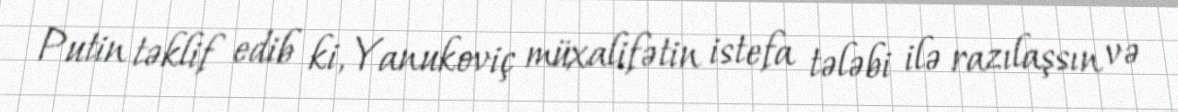
Putin təklif edib ki, Yanukoviç müxalifətin istefa tələbi ilə razılaşsın və